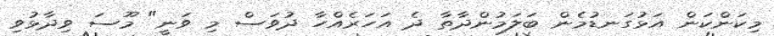
މިކަންކަން އަޅުގަނޑުމެން ބަލަމުންދާތާ ދެ އަހަރެއްހާ ދުވަސް މި ވަނީ" މޫސަ ވިދާޅުވި